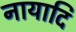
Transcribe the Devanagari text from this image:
नायादि